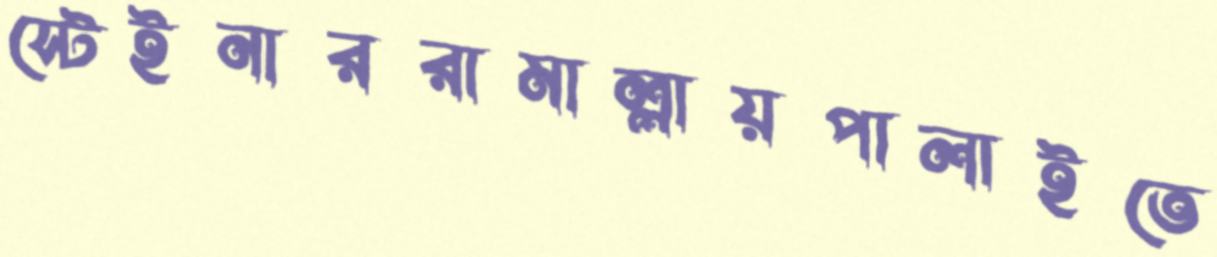
স্টেইনাররামাল্লায়পালাইতে